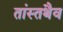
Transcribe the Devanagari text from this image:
तांस्तथैव